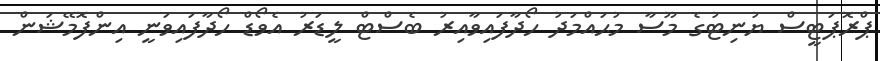
ޕްރޮޕަޓީސް ޔުނިޓުގެ މޫސާ މުޙައްމަދު ހޯދާފައިވާއިރު ބެސްޓް ލީޑަރު އެވޯޑް ހޯދާފައިވަނީ އިންފޮމޭޝަން